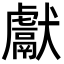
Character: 獻